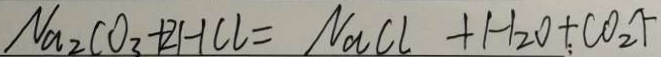
N a _ { 2 } C O _ { 3 } + 2 H C l = N a C l + H _ { 2 } O + C O _ { 2 } \uparrow